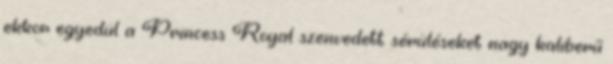
ekkor egyedül a Princess Royal szenvedett sérüléseket nagy kaliberű